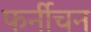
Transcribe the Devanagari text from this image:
फर्नीचन